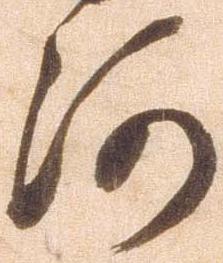
河